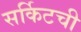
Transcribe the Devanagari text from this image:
सर्किटची